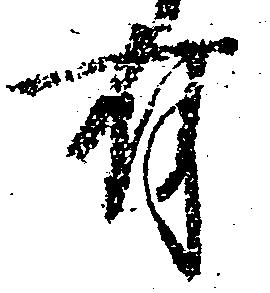
有